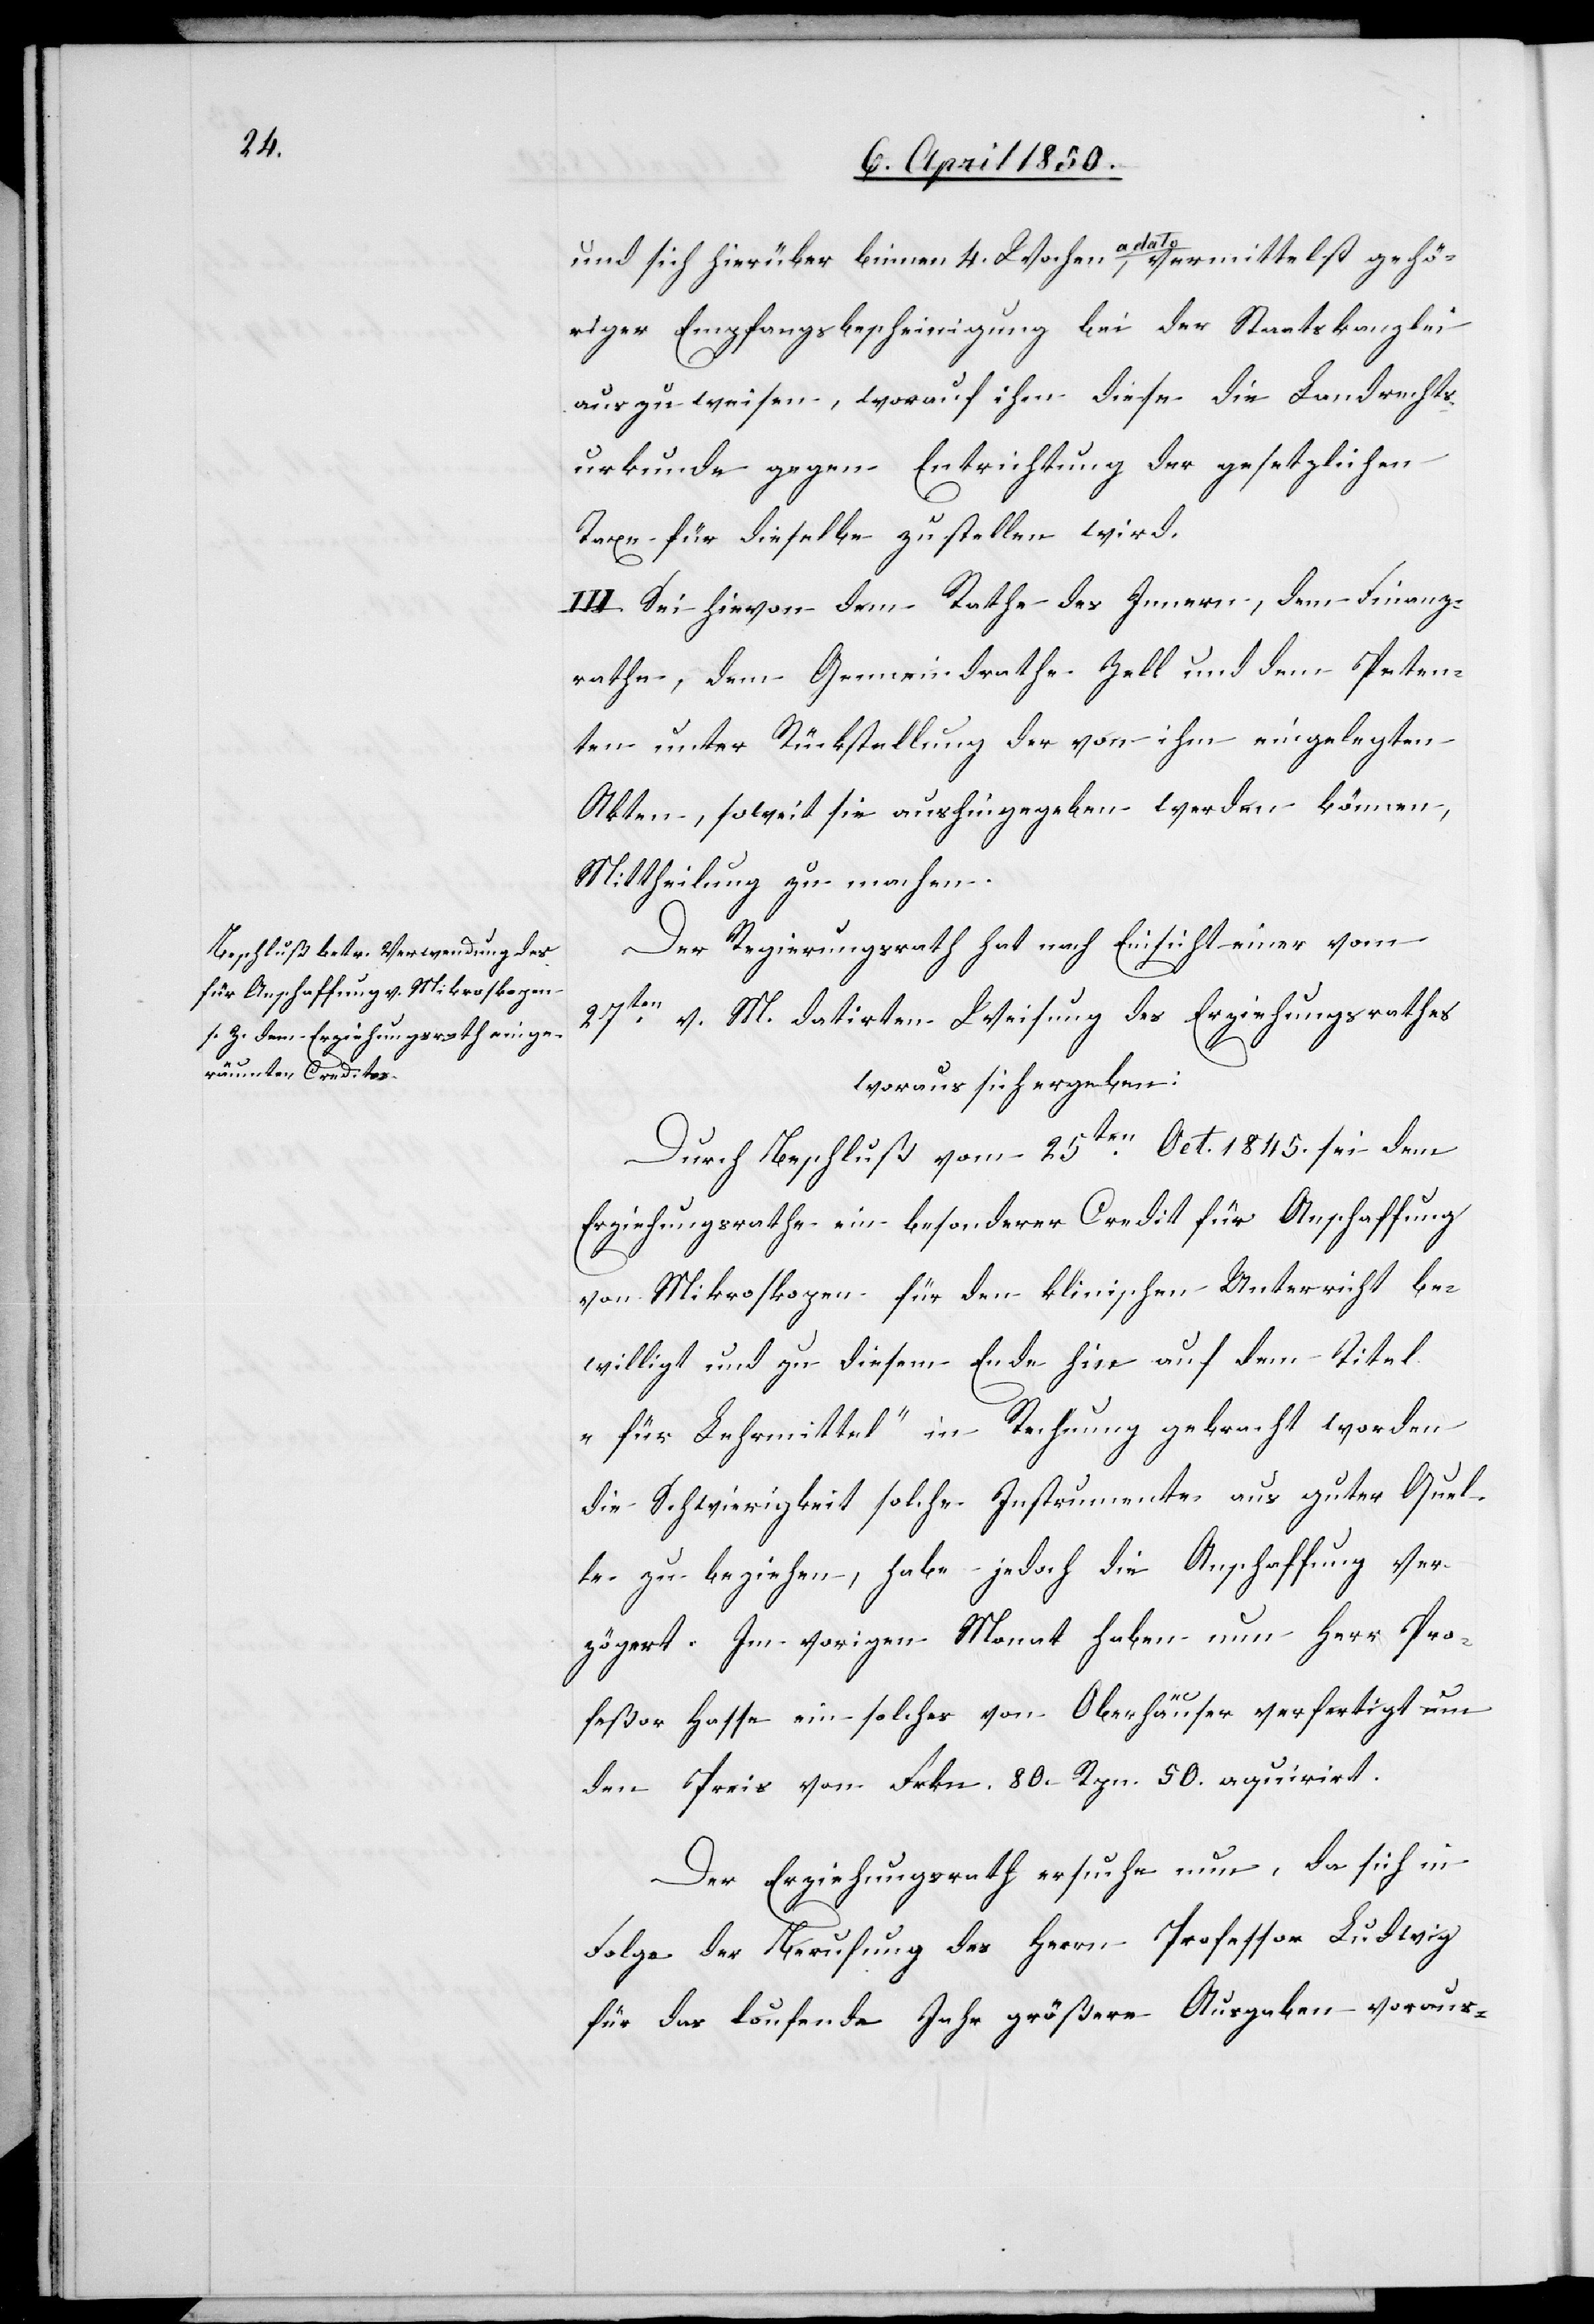
vermittelst gehö¬
und sich hierüber binnen 4. Wochen a dato
riger Empfangsbescheinigung bei der Staatskanzlei
auszuweisen, worauf ihm diese die Landrechts¬
urkunde gegen Entrichtung der gesetzlichen
Taxe für dieselbe zustellen wird.
III. Sei hievon dem Rathe des Innern, dem Finanz¬
rathe, dem Gemeindrathe Zell und dem Peten¬
ten unter Rückstellung der von ihm eingelegten
Akten, soweit sie aushingegeben werden können,
Mittheilung zu machen.
Der Regierungsrath hat nach Einsicht einer vom
27ten v. M. datirten Weisung des Erziehungsrathes
woraus sich ergeben:
Durch Beschluß vom 25ten Oct. 1845. sei dem
Erziehungsrathe ein besonderer Credit für Anschaffung
von Mikroskopen für den klinischen Unterricht be¬
willigt und zu diesem Ende hin auf dem Titel
„für Lehrmittel“ in Rechnung gebracht worden[;]
die Schwierigkeit solche Instrumente aus guter Quel¬
le zu beziehen, habe jedoch die Anschaffung ver¬
zögert. Im vorigen Monat haben nun Herr Pro¬
feßor Hasse ein solcher von Oberhäuser verfertigt um
den Preis von Frkn. 80 Rpn. 50. aquirirt.
Der Erziehungsrath ersuche nun, da sich in
Folge der Berufung des Herrn Professor Ludwig
für das laufende Jahr größere Ausgaben voraus-